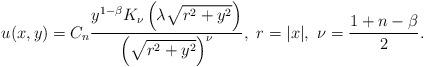
LaTeX: \begin{align*}u(x,y)=C_n\frac{y^{1-\beta}K_{\nu}\left(\lambda\sqrt{r^2+y^2}\right)}{\left(\sqrt{r^2+y^2}\right)^{\nu}},~r=|x|,~\nu=\frac{1+n-\beta}2.\end{align*}